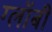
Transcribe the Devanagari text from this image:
ग्लॉबी